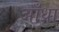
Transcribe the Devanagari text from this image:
आँध्रा